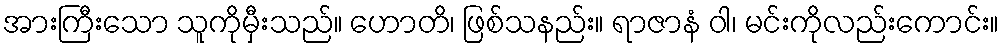
အားကြီးသော သူကိုမှီးသည်။ ဟောတိ၊ ဖြစ်သနည်း။ ရာဇာနံ ဝါ၊ မင်းကိုလည်းကောင်း။